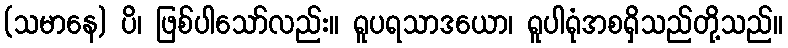
(သမာနေ) ပိ၊ ဖြစ်ပါသော်လည်း။ ရူပရသာဒယော၊ ရူပါရုံအစရှိသည်တို့သည်။